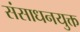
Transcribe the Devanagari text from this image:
संसाधनयुक्त